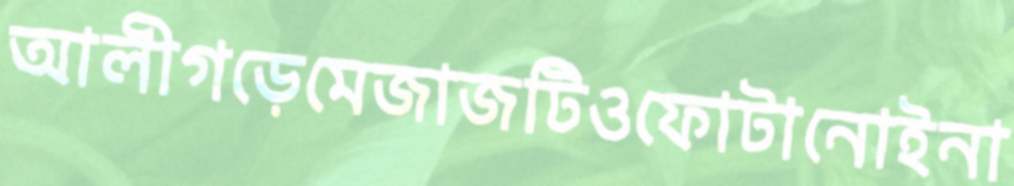
আলীগড়েমেজাজটিওফোটানোইনা